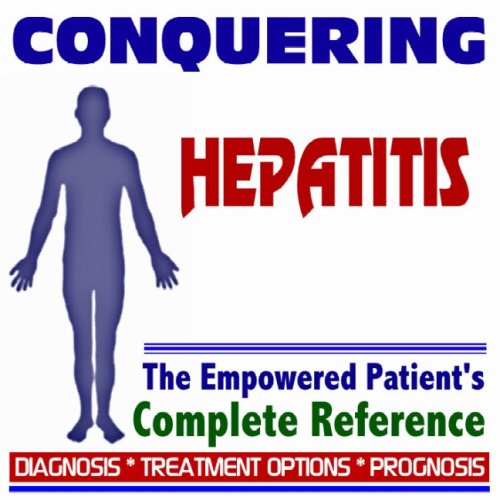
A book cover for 2009 Conquering Hepatitis - The Empowered Patient's Complete Reference - Diagnosis, Treatment Options, Prognosis (Two CD-ROM Set); PM Medical Health News; Health, Fitness & Dieting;